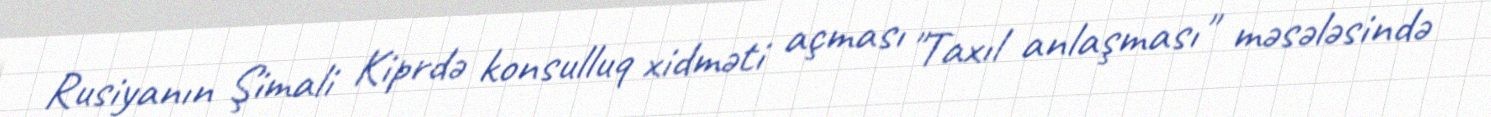
Rusiyanın Şimali Kiprdə konsulluq xidməti açması "Taxıl anlaşması" məsələsində